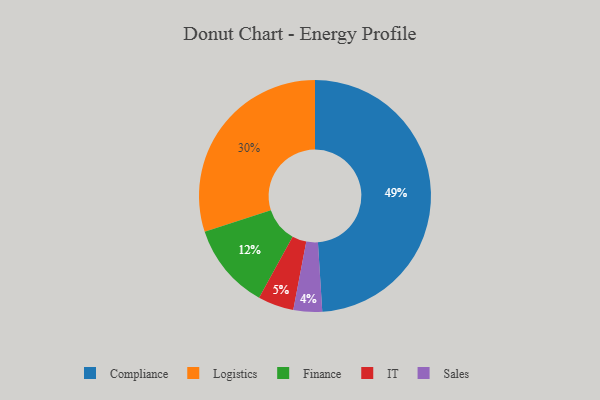
{"axis": {"x": "Category", "y": "Percentage"}, "legend": ["Compliance", "Finance", "IT", "Logistics", "Sales"], "data": [{"x": "Finance", "y": 12, "type": "Finance"}, {"x": "IT", "y": 5, "type": "IT"}, {"x": "Logistics", "y": 30, "type": "Logistics"}, {"x": "Compliance", "y": 49, "type": "Compliance"}, {"x": "Sales", "y": 4, "type": "Sales"}]}